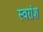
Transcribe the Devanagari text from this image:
स्वरांश